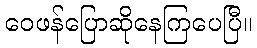
ဝေဖန်ပြောဆိုနေကြပေပြီ။